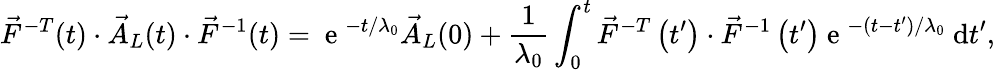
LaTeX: \vec{F}^{-T}(t)\cdot\vec{A}_{L}(t)\cdot\vec{F}^{-1}(t)=\mathrm{~e~}^{-t/\lambda_{0}}\vec{A}_{L}(0)+\frac{1}{\lambda_{0}}\int_{0}^{t}\vec{F}^{-T}\left(t^{\prime}\right)\cdot\vec{F}^{-1}\left(t^{\prime}\right)\mathrm{~e~}^{-(t-t^{\prime})/\lambda_{0}}~\mathrm{d}t^{\prime},